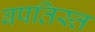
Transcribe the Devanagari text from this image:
बपतिस्त